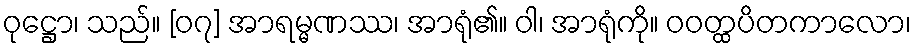
ဝုဋ္ဌော၊ သည်။ [၀၇] အာရမ္မဏဿ၊ အာရုံ၏။ ဝါ၊ အာရုံကို။ ဝဝတ္ထပိတကာလော၊